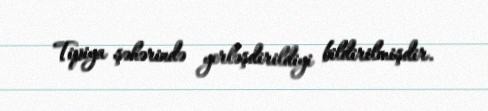
Tipiya şəhərində yerləşdirildiyi bildirilmişdir.